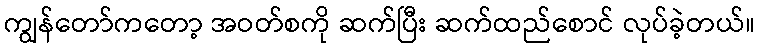
ကျွန်တော်ကတော့ အဝတ်စကို ဆက်ပြီး ဆက်ထည်စောင် လုပ်ခဲ့တယ်။